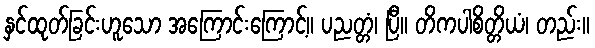
နှင်ထုတ်ခြင်းဟူသော အကြောင်းကြောင့်။ ပညတ္တံ၊ ပြီ။ တိကပါစိတ္တိယံ၊ တည်း။